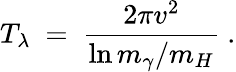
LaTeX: T_{\lambda}\ =\ \frac{2\pi v^{2}}{\ln m_{\gamma}/m_{H}}\ .